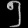
Digit: ၅